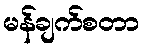
မန်ချက်စတာ